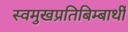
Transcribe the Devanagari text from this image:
स्वमुखप्रतिबिम्बार्थी